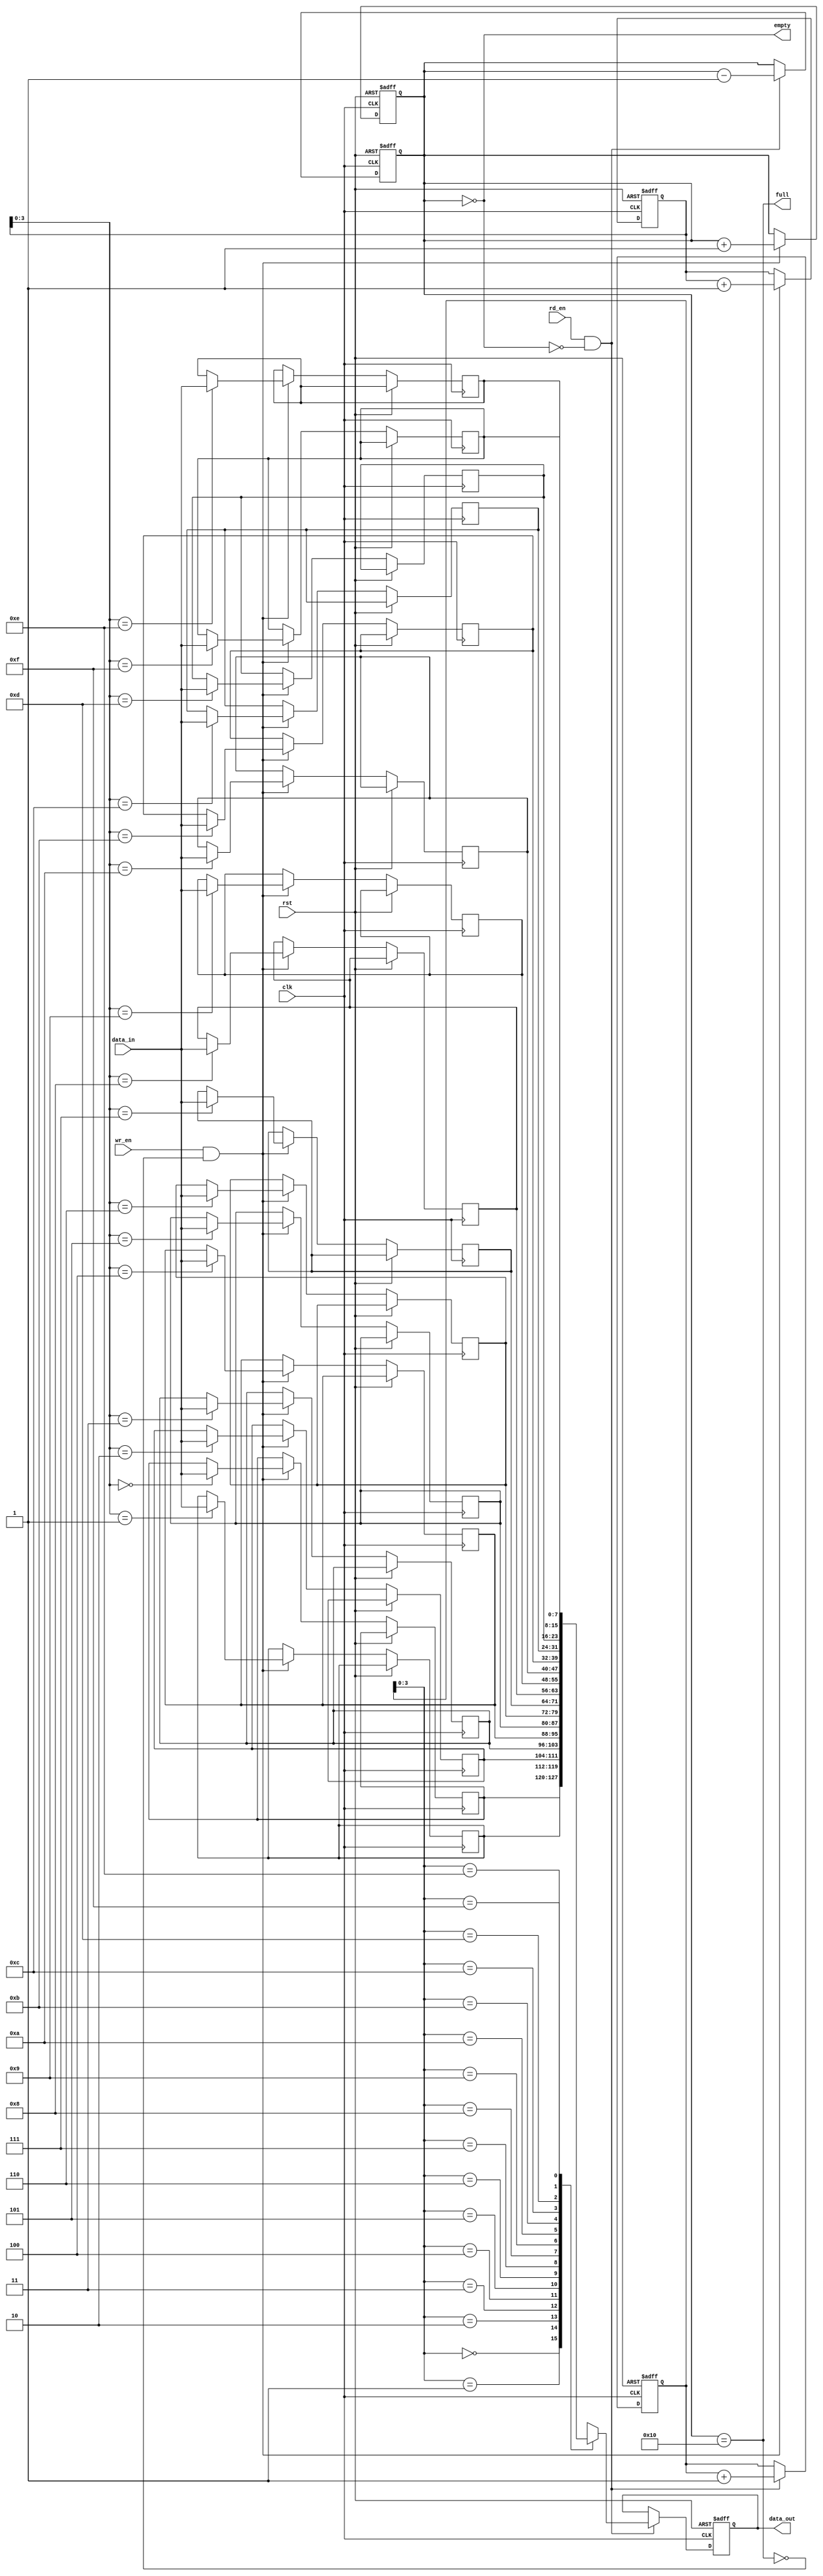
module fifo #(
    parameter DATA_WIDTH = 8,    
    parameter FIFO_DEPTH = 16   
)(
    input clk,                 
    input rst,              
    input wr_en,               
    input rd_en,                 
    input [DATA_WIDTH-1:0] data_in, 
    output reg [DATA_WIDTH-1:0] data_out, 
    output full,                 
    output empty                 
);

    reg [DATA_WIDTH-1:0] fifo_mem [FIFO_DEPTH-1:0];
    reg [4:0] wr_ptr;  
    reg [4:0] rd_ptr; 
    reg [4:0] fifo_count;

    always @(posedge clk or posedge rst) begin
        if (rst) begin
            wr_ptr <= 0;
            fifo_count <= 0;
        end else if (wr_en && !full) begin
            fifo_mem[wr_ptr] <= data_in;
            wr_ptr <= wr_ptr + 1;
            fifo_count <= fifo_count + 1;
        end
    end

    always @(posedge clk or posedge rst) begin
        if (rst) begin
            rd_ptr <= 0;
            data_out <= 0;
            fifo_count <= 0;
        end else if (rd_en && !empty) begin
            data_out <= fifo_mem[rd_ptr];
            rd_ptr <= rd_ptr + 1;
            fifo_count <= fifo_count - 1;
        end
    end

    assign full = (fifo_count == FIFO_DEPTH);
    assign empty = (fifo_count == 0);

endmodule